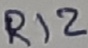
Text: R12